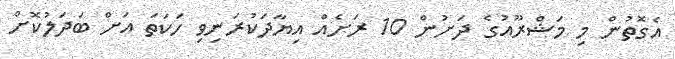
އެގޮތުން މި މަޝްރޫއުގެ ދަށުން 10 ރަށެއް އިޔާދަކުރަނިވި ހަކަތަ އަށް ބަދަލުކޮށް